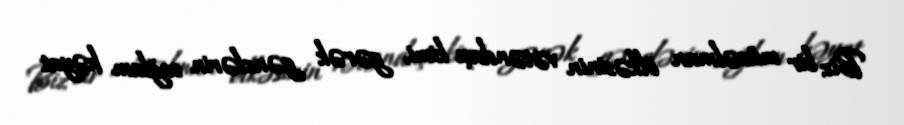
Biz bir müsəlman ölkəsinin vətəndaşı kimi, gərək gənclərin sağlam həyat